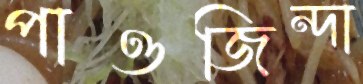
পাওজিন্দা